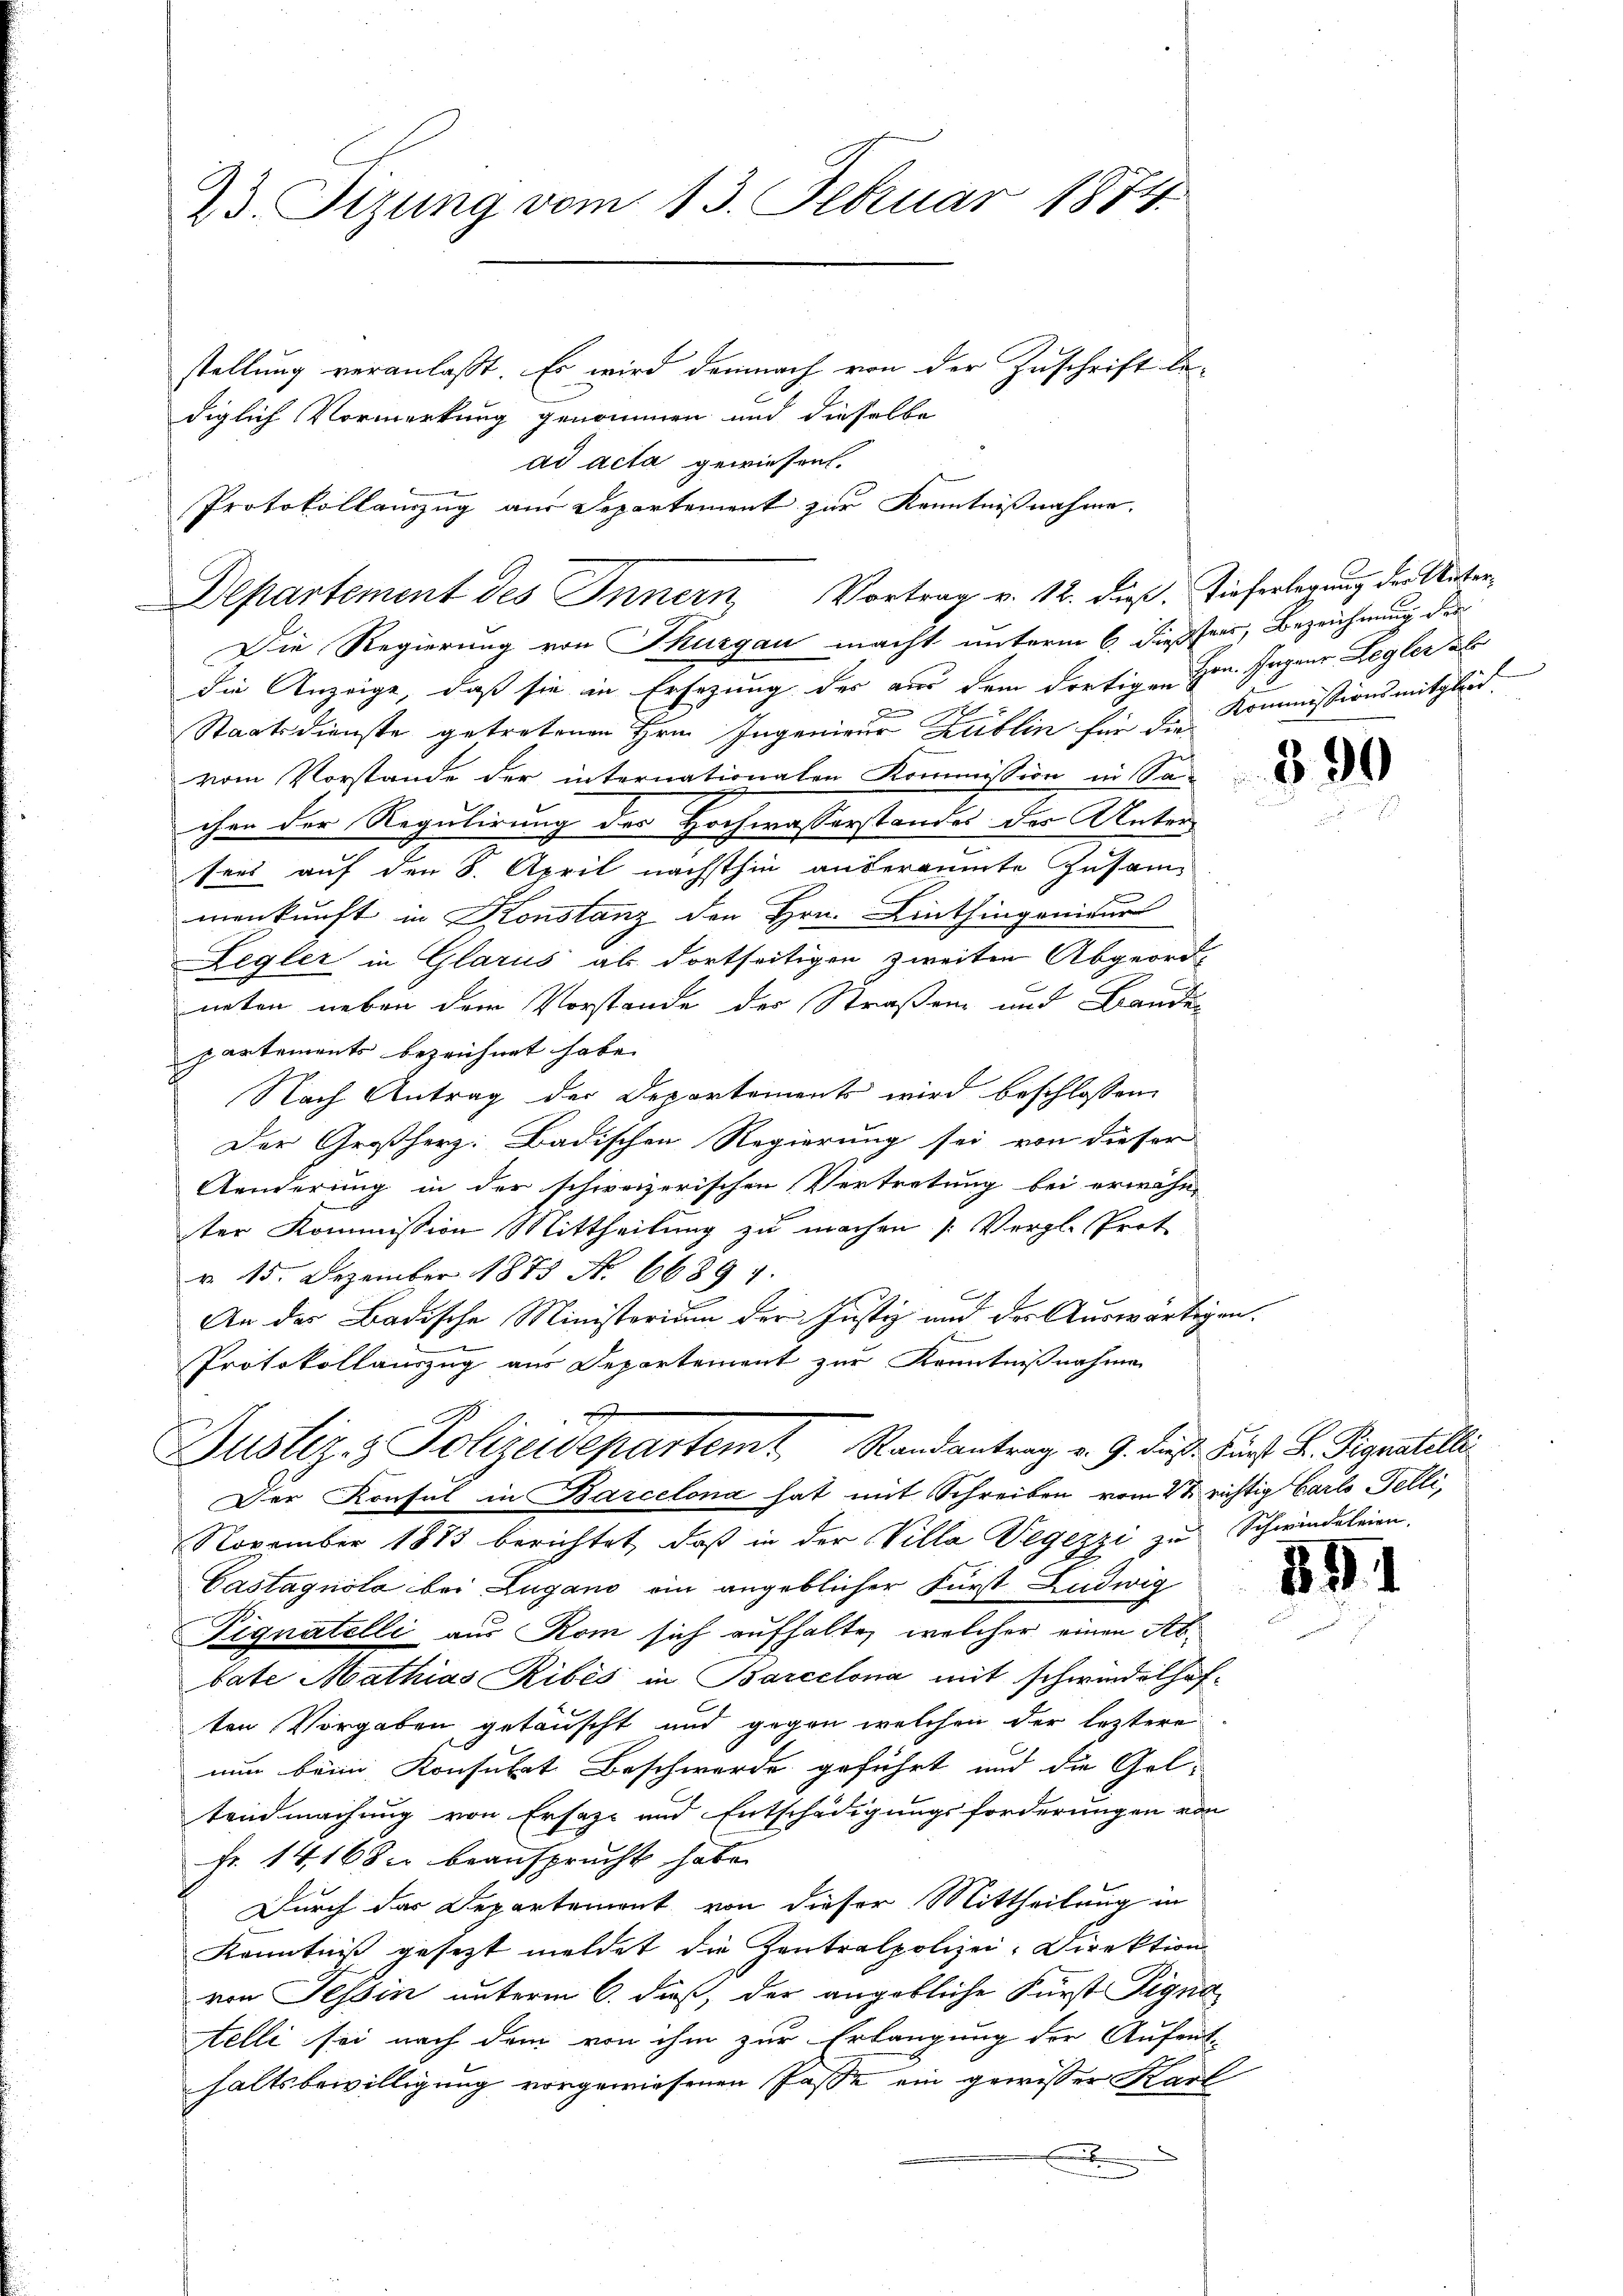
23. Sizung vom 13. Februar 1874
stellung veranlaßt. Es wird demnach von der Zuschrift be-
diglich Vormerkung genommen und dieselbe

ad acta gewiesen.
Protokollamzug aus Departement zur Kenntnißnahme.

Departement des Innern, Vortrag v. 12. dieß, Tieferlegung der Unter¬

Die Regierung von Thurgau macht unterm 6. diesser, Bezeichnung der
die Anzeige, daß sie in Ersezung des aus dem dortigen Hrn. Japanr Legler al
2
a
Staatsdienste getretenen Hrn. Ingenieur Kublin für die Kommissionsmitgleich
vom Vorstande der internationalen Kommission in Sachen der Regulirung des Hochwasserstandes der Unter
seis auf den 8. April nächsthin anderäumte Zusam-
menkunft in Konstanz den Hrn. Linthingenieur
Legler in Glarus als dortseitigen zweiten Abgeord-
neten neben dem Vorstande der Straßen und Banden
partements bezeichnet habe.
Nach Antrag der Departements wird beschlossen,
Der Großherz: Badischen Regierung sei von dieser
Aenderung in der schweizerischen Vertretung bei erwähn-
ter Kommission Mittheilung zu machen [Vergl. Prot
v. 15. Dezember 1875 N. 6689 4.
An der Badische Ministerium der Justiz und der Auswärtigen¬
Protokollauszug aus Departement zur Kenntnißnahme

Justiz- & Polizeidepartem Randantrag v. 9. dieß. Fürst L. Pignatelli
Der Konsul in Barcelona hat mit Schreiben vom 2t richtig Carl Felli,
November 1883 berichtet, daß in der Villa Vegezzi zu Schwindeleien,
Castagnola bei Lugano ein angeblicher Fürst Ludwig
Pignatelli aus Rom sich aufhalte, welcher einen Abbate Mathias Ribés in Barcelona mit schwindelhoften Vorgaben getäuscht und gegen welchen der leztere
nun beim Konsulat Beschwerde geführt und die Geltendmachung von Ersatz und Entschädigungsforderungen von
Fr. 14, 168 beansprucht habe.
Durch das Departemont von dieser Mittheilung in
Kenntniß gesezt meldet die Zentralpolizei-Direktion
von Tessin unterm 6. dieß, der angebliche Fürst Pigna
telli sei nach dem von ihm zur Erlangung der Aufent-
haltsbewilligung vorgewiesenen Pässe ein gewisser Karl
x

890